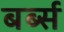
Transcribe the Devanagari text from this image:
बर्ब्स